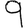
Digit: 9